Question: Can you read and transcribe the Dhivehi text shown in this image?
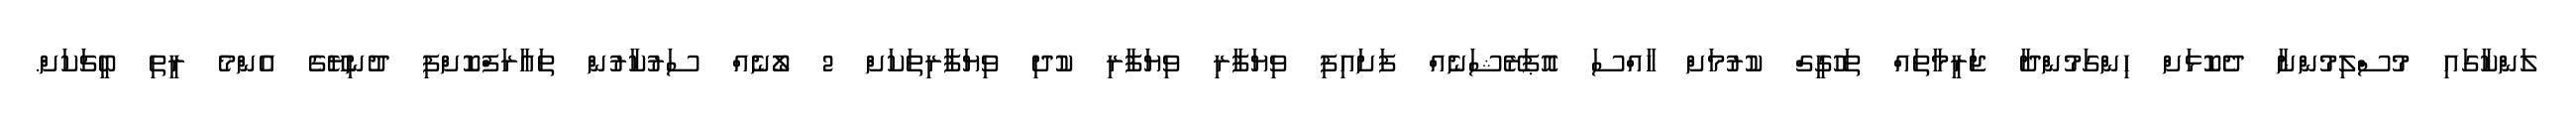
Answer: ލަންކާގައި މުސްލިމުންނާ ދެކޮޅަށް ހިންގަމުންދާ ޖަރީމާތައް ތަހުގީގް ކުރުމަށް ހާއްސަ އޮޕަރޭޝަނެއް ފަށައިފި ވިޔަފާރި ވިޔަފާރި ކުދި ވިޔަފާރިތަކަށް 2 ލޯނެއް ސަރުކާރުން ތައާރަފްކޮށްފި ދުނިޔޭގެ އެންމެ ރީތި ބީޗަކަށް.